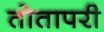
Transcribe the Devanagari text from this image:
तोतापरी